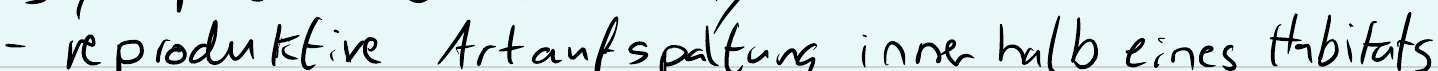
- reproduktive Artaufspaltung innerhalb eines Habitats